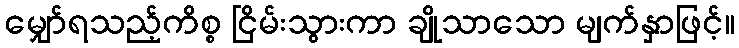
မျှော်ရသည့်ကိစ္စ ငြိမ်းသွားကာ ချိုသာသော မျက်နှာဖြင့်။